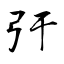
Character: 弙